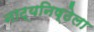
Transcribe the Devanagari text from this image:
नाट्यनिष्ठेला